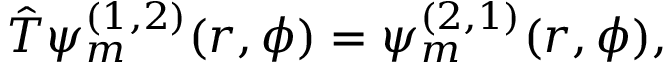
\hat { T } \psi _ { m } ^ { ( 1 , 2 ) } ( r , \phi ) = \psi _ { m } ^ { ( 2 , 1 ) } ( r , \phi ) ,